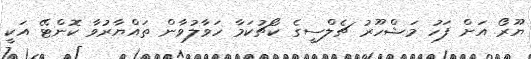
ޔޫރޯ އަށް ފަހު މަޝްހޫރު ޗެލްސީގެ ކޯޗުކަމާ ހަވާލުވާން ތައްޔާރުވާ ކޮންޓޭ އަކީ